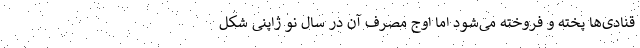
قنادی‌‌ها پخته و فروخته می‌شود اما اوج مصرف آن در سال نو ژاپنی شکل